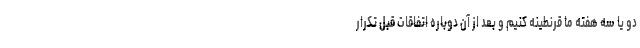
دو یا سه هفته ما قرنطینه کنیم و بعد از آن دوباره اتفاقات قبل تکرار